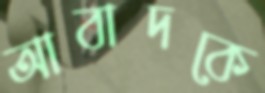
আবাদকে